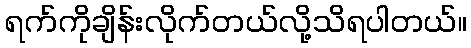
ရက်ကိုချိန်းလိုက်တယ်လို့သိရပါတယ်။